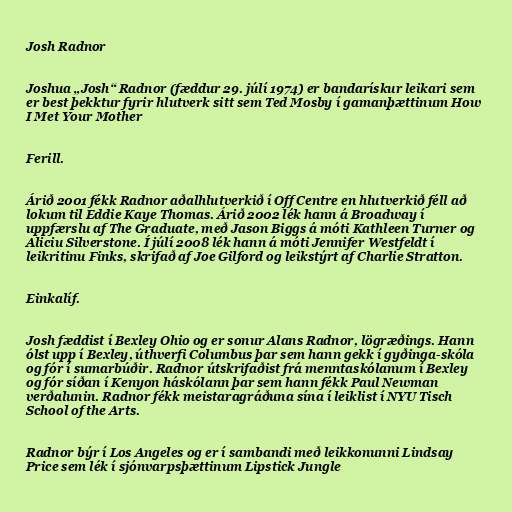
Josh Radnor

Joshua „Josh“ Radnor (fæddur 29. júlí 1974) er bandarískur leikari sem
er best þekktur fyrir hlutverk sitt sem Ted Mosby í gamanþættinum How
I Met Your Mother

Ferill.

Árið 2001 fékk Radnor aðalhlutverkið í Off Centre en hlutverkið féll að
lokum til Eddie Kaye Thomas. Árið 2002 lék hann á Broadway í
uppfærslu af The Graduate, með Jason Biggs á móti Kathleen Turner og
Aliciu Silverstone. Í júlí 2008 lék hann á móti Jennifer Westfeldt í
leikritinu Finks, skrifað af Joe Gilford og leikstýrt af Charlie Stratton.

Einkalíf.

Josh fæddist í Bexley Ohio og er sonur Alans Radnor, lögræðings. Hann
ólst upp í Bexley, úthverfi Columbus þar sem hann gekk í gyðinga-skóla
og fór í sumarbúðir. Radnor útskrifaðist frá menntaskólanum í Bexley
og fór síðan í Kenyon háskólann þar sem hann fékk Paul Newman
verðalunin. Radnor fékk meistaragráðuna sína í leiklist í NYU Tisch
School of the Arts.

Radnor býr í Los Angeles og er í sambandi með leikkonunni Lindsay
Price sem lék í sjónvarpsþættinum Lipstick Jungle